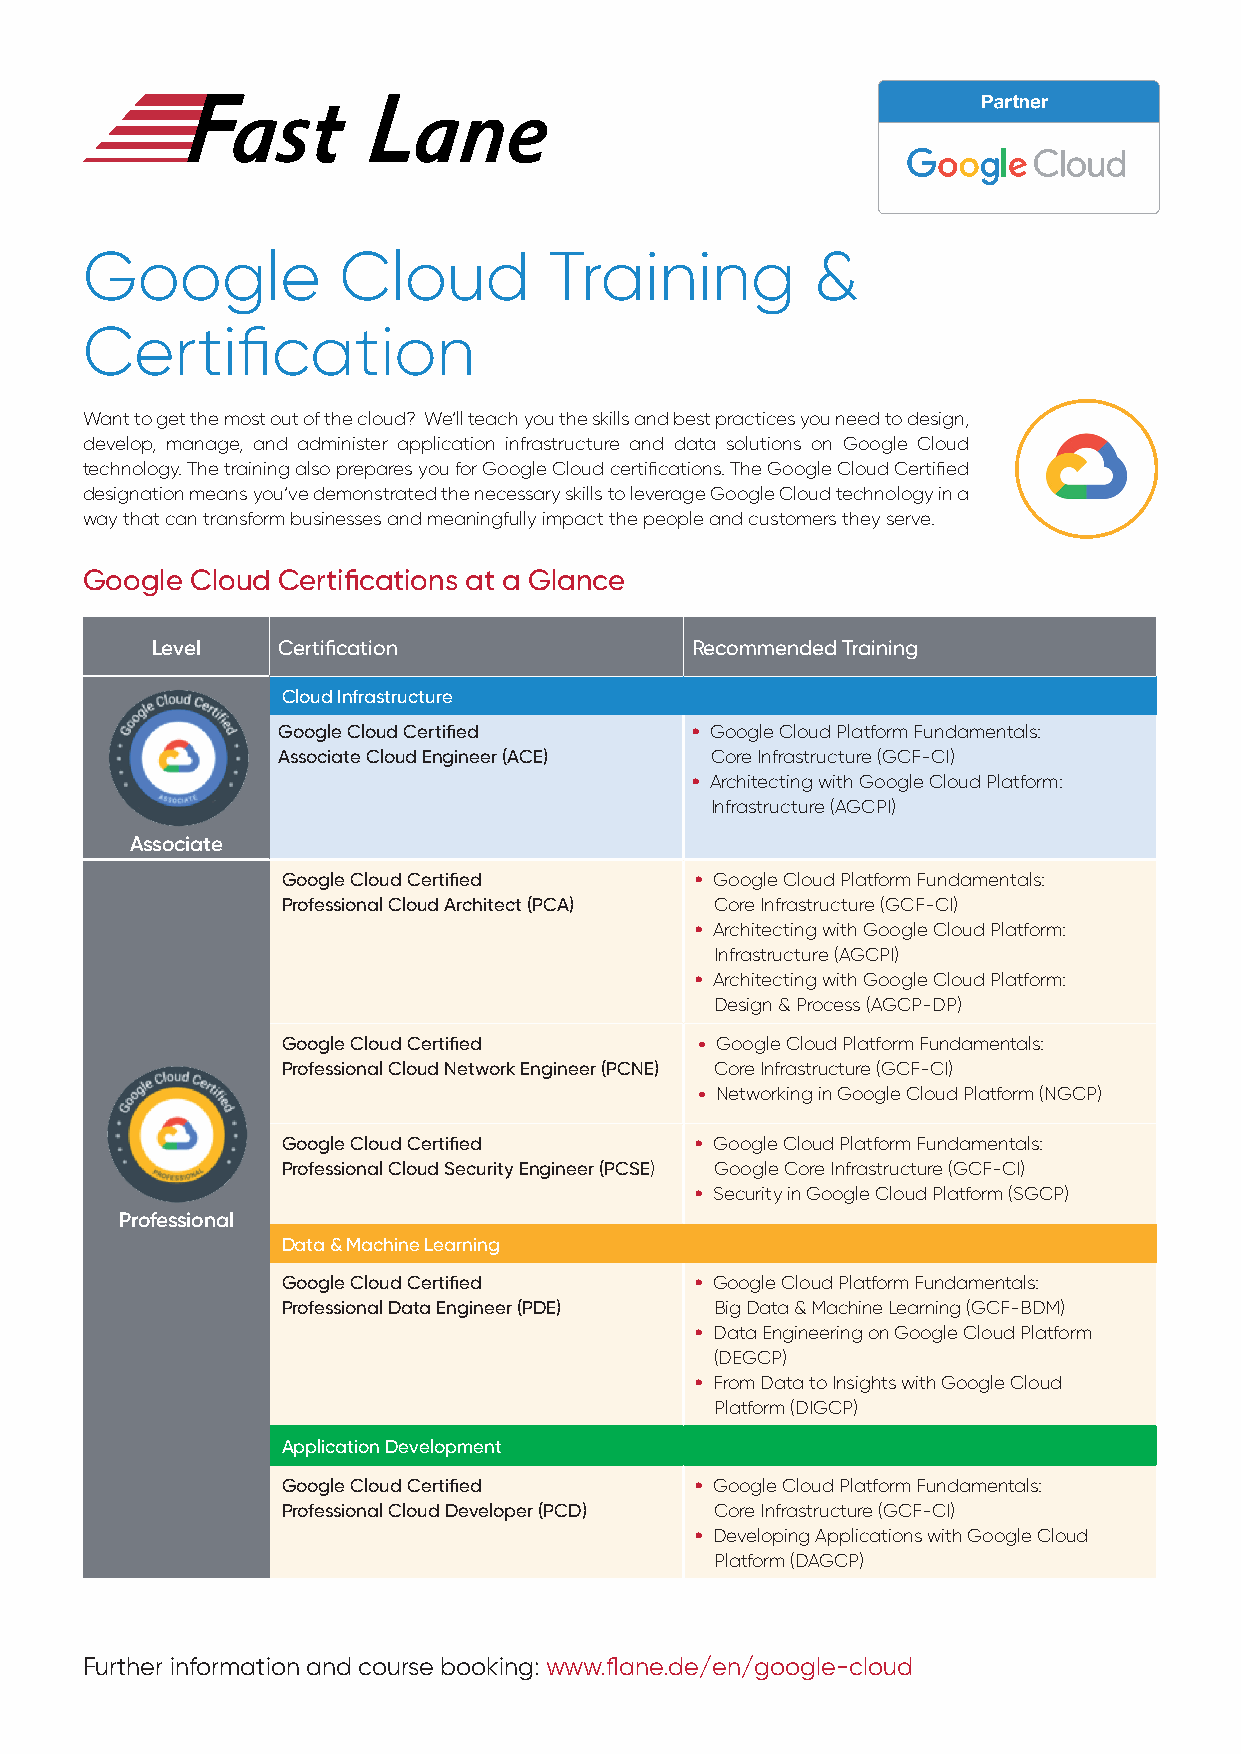
Google           Cloud         Training          &
 Certification
 Want to get the most out of the cloud? We‘ll teach you the skills and best practices you need to design,
 develop, manage, and administer application infrastructure and data solutions on Google Cloud
 technology. The training also prepares you for Google Cloud certifications. The Google Cloud Certified
 designation means you‘ve demonstrated the necessary skills to leverage Google Cloud technology in a
 way that can transform businesses and meaningfully impact the people and customers they serve.
 Google  Cloud Certifications at a Glance
 Level   Certification               Recommended Training
 Cloud Infrastructure
 Google Cloud Certified      • Google Cloud Platform Fundamentals:
 Associate Cloud Engineer (ACE) Core Infrastructure (GCF-CI)
 • Architecting with Google Cloud Platform:
 Infrastructure (AGCPI)
 Associate
 Google Cloud Certified     • Google Cloud Platform Fundamentals:
 Professional Cloud Architect (PCA) Core Infrastructure (GCF-CI)
 • Architecting with Google Cloud Platform:
 Infrastructure (AGCPI)
 • Architecting with Google Cloud Platform:
 Design & Process (AGCP-DP)
 Google Cloud Certified     • Google Cloud Platform Fundamentals:
 Professional Cloud Network Engineer (PCNE) Core Infrastructure (GCF-CI)
 • Networking in Google Cloud Platform (NGCP)
 Google Cloud Certified     • Google Cloud Platform Fundamentals:
 Professional Cloud Security Engineer (PCSE) Google Core Infrastructure (GCF-CI)
 • Security in Google Cloud Platform (SGCP)
 Professional
 Data & Machine Learning
 Google Cloud Certified     • Google Cloud Platform Fundamentals:
 Professional Data Engineer (PDE) Big Data & Machine Learning (GCF-BDM)
 • Data Engineering on Google Cloud Platform
 (DEGCP)
 • From Data to Insights with Google Cloud
 Platform (DIGCP)
 Application Development
 Google Cloud Certified     • Google Cloud Platform Fundamentals:
 Professional Cloud Developer (PCD) Core Infrastructure (GCF-CI)
 • Developing Applications with Google Cloud
 Platform (DAGCP)
 Further information and course booking: www.flane.de/en/google-cloud